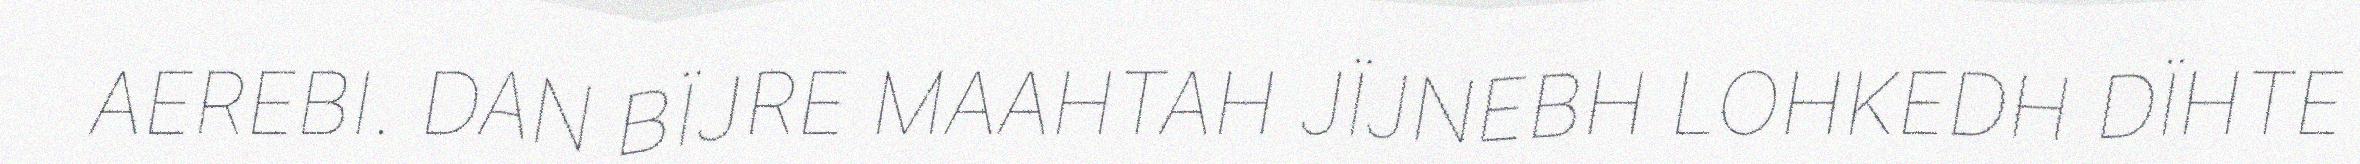
AEREBI. DAN BÏJRE MAAHTAH JÏJNEBH LOHKEDH DÏHTE